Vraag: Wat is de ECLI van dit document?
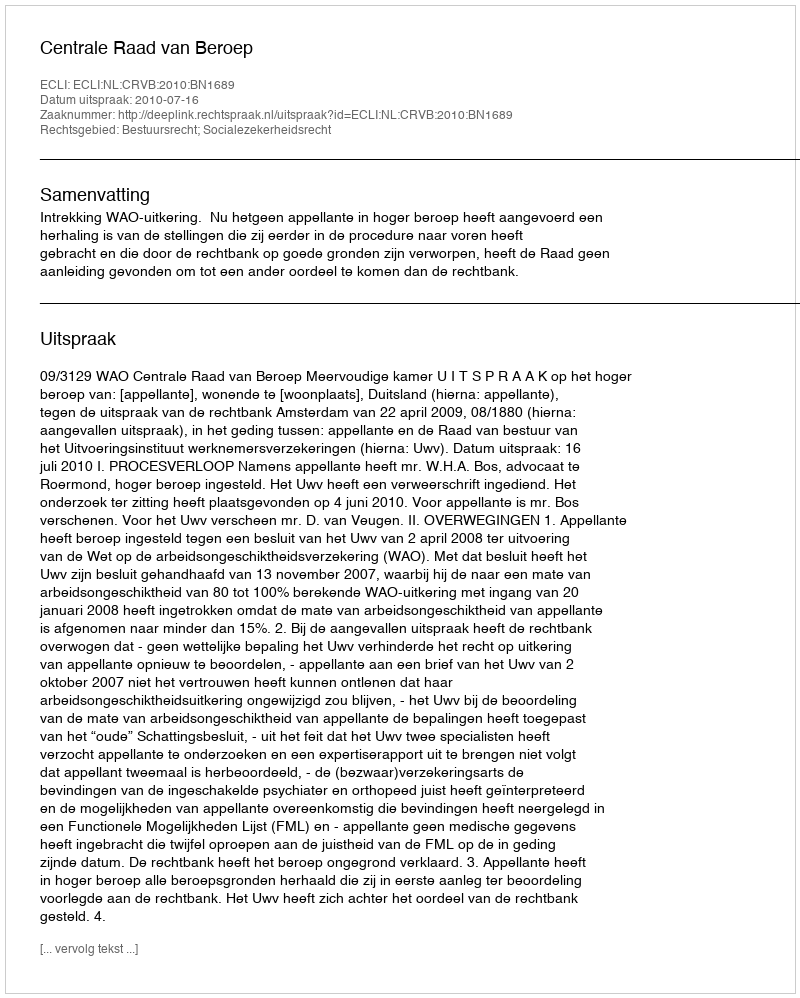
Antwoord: ECLI:NL:CRVB:2010:BN1689